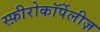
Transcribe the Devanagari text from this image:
स्फ़ीरोकॉर्पेलीज़